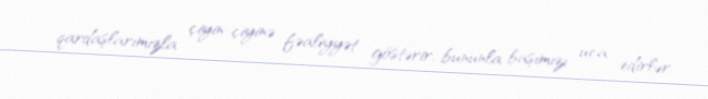
qardaşlarımızla çiyin-çiyinə fəaliyyət göstərir, bununla başımızı uca edirlər.